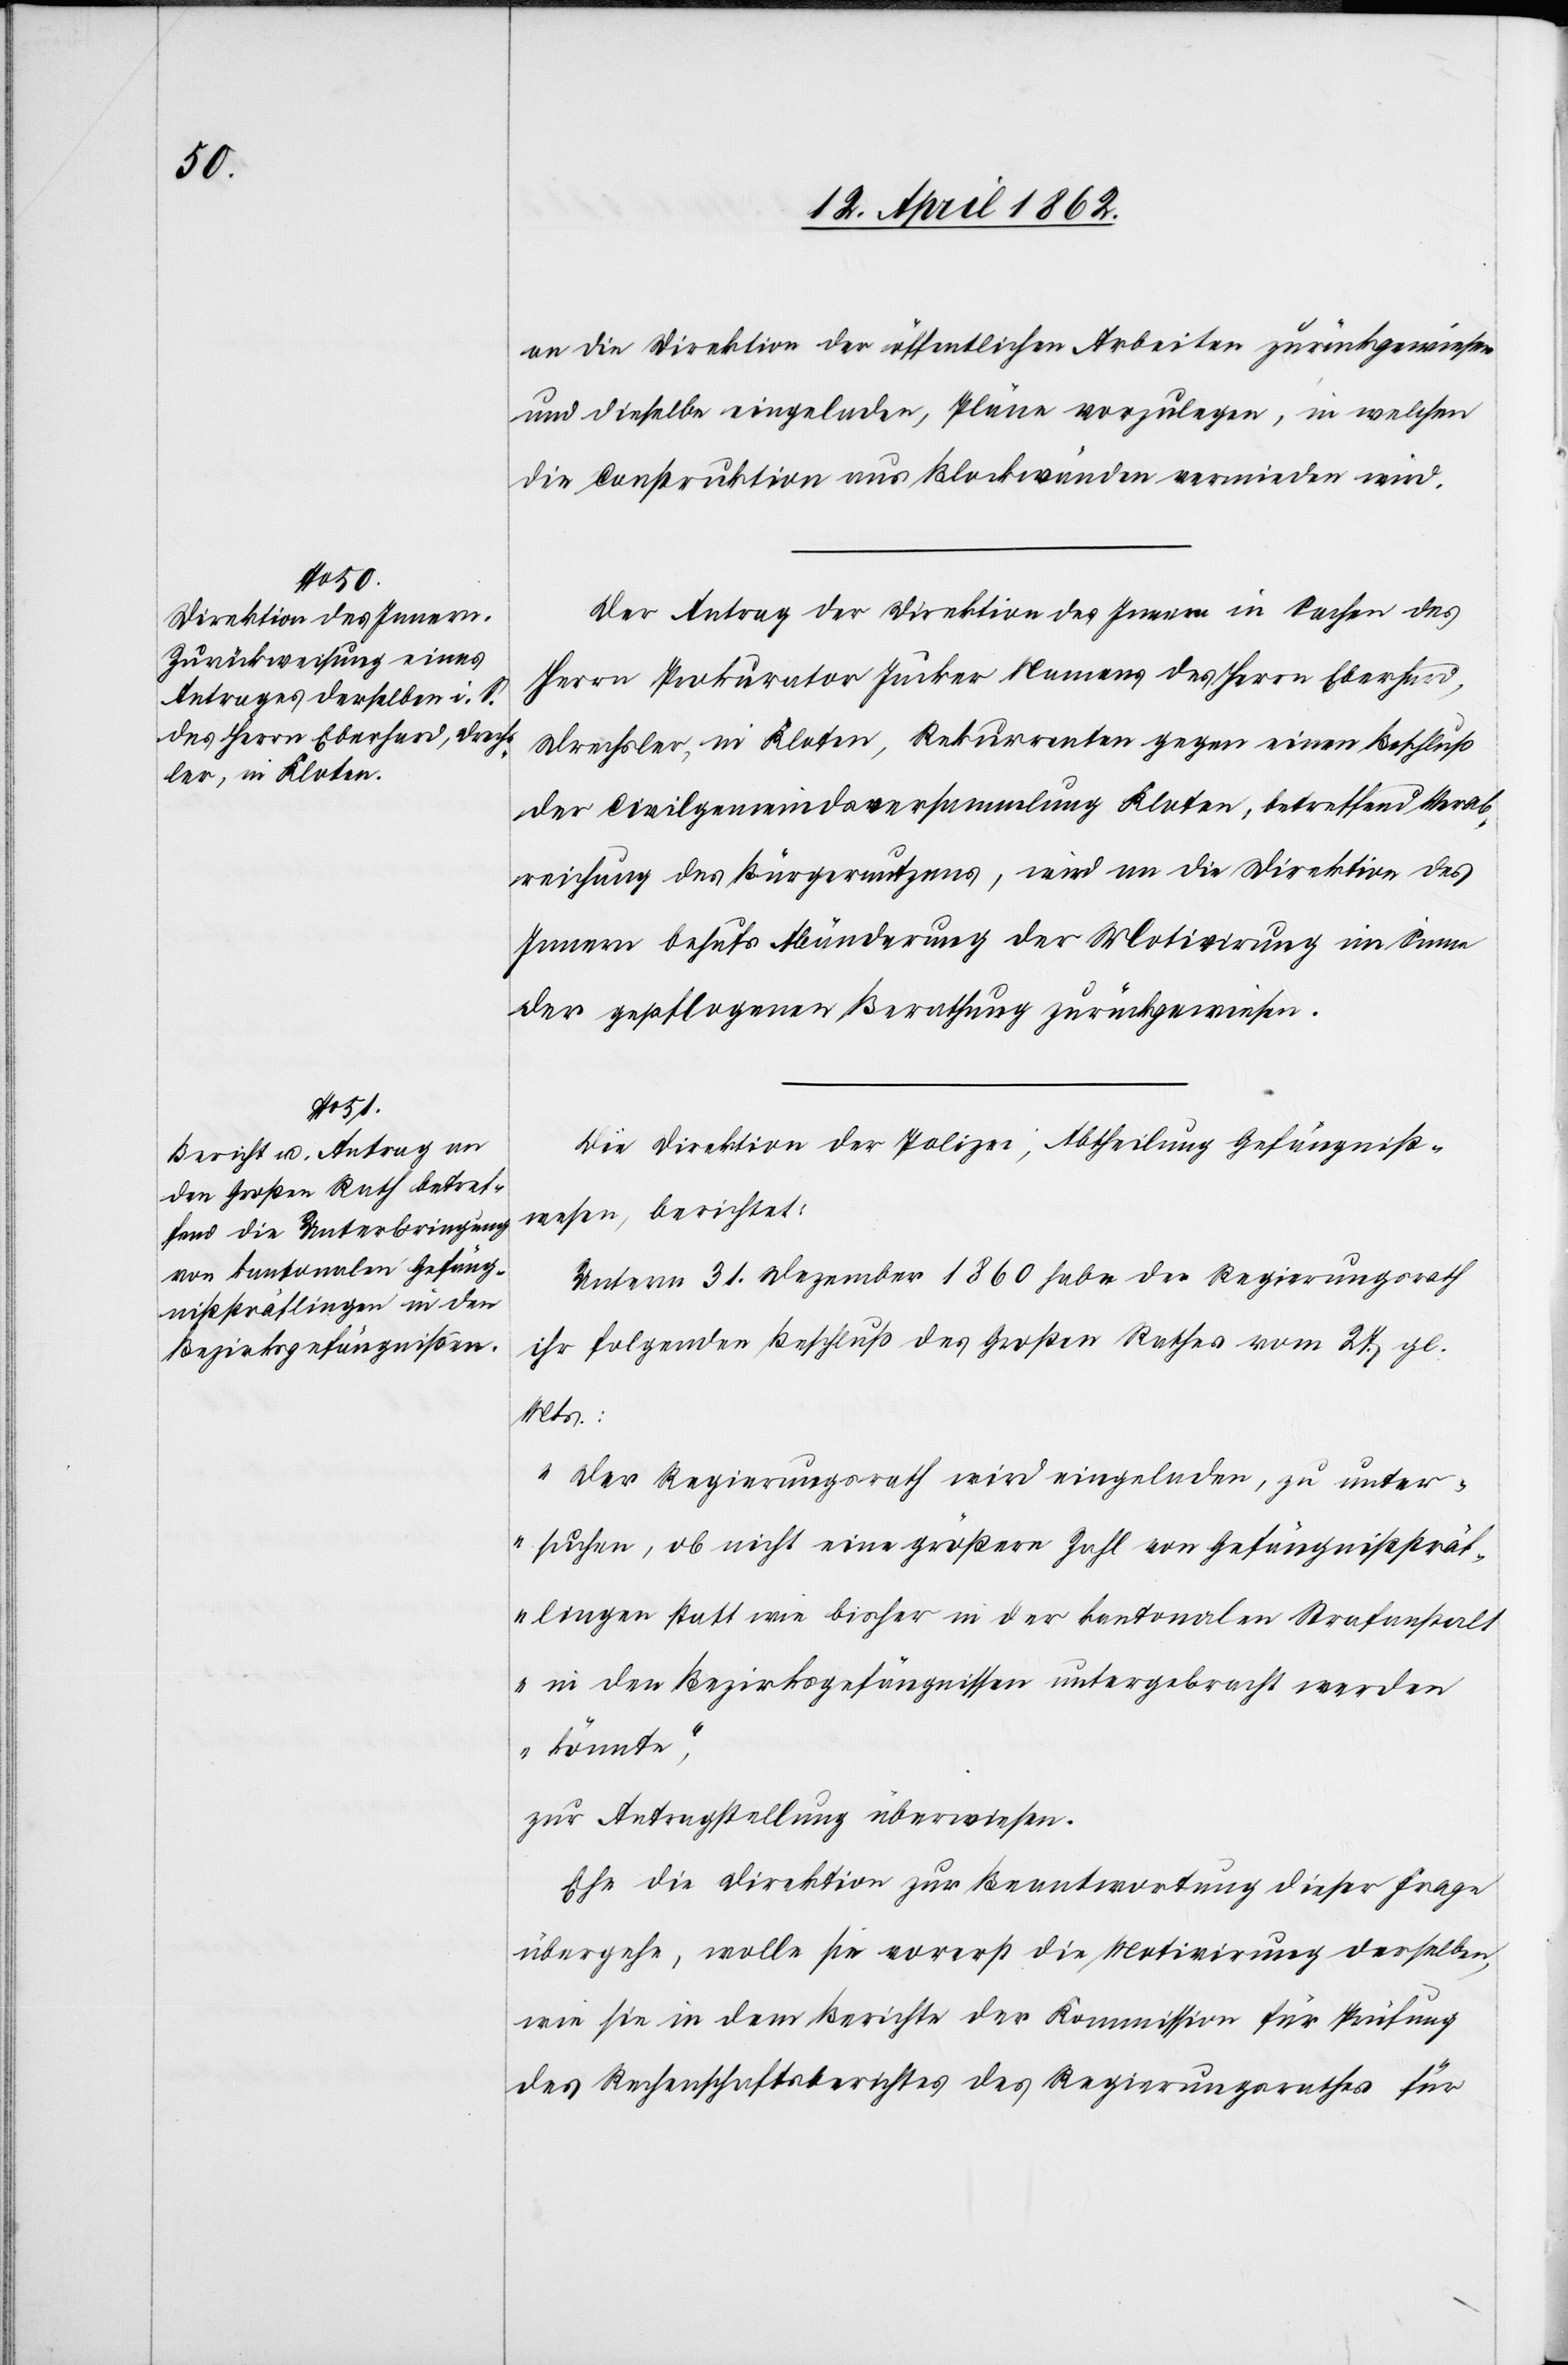
an die Direktion der öffentlichen Arbeiten zurückgewiesen
und dieselbe eingeladen, Pläne vorzulegen, in welchen
die Construktion aus Blockwänden vermieden wird.
Der Antrag der Direktion des Innern in Sachen des
Herrn Prokurator Jucker Namens des Herrn Eberhard,
Drechsler, in Kloten, Rekurrenten gegen einen Beschluß
der Civilgemeindsversammlung Kloten, betreffend Verab¬
reichung des Bürgernutzens, wird an die Direktion des
Innern behufs Abänderung der Motivirung im Sinne
der gepflogenen Berathung zurückgewiesen.
Die Direktion der Polizei, Abtheilung Gefängniß¬
wesen, berichtet:
Unterm 31. Dezember 1860 habe der Regierungsrath
ihr folgenden Beschluß des Großen Rathes vom 27. gl.
Mts.:
„Der Regierungsrath wird eingeladen, zu unter¬
suchen, ob nicht eine größere Zahl von Gefängnißsträf¬
lingen statt wie bisher in der kantonalen Strafanstal¬
t in den Bezirksgefängnissen untergebracht werden
könnte,“
zur Antragstellung überwiesen.
Ehe die Direktion zur Beantwortung dieser Frage
übergehe, wolle sie vorerst die Motivirung derselben,
wie sie in dem Berichte der Kommission für Prüfung
des Rechenschaftsberichtes des Regierungsrathes für